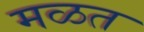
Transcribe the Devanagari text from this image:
मळत